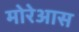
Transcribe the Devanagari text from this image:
मोरेआस